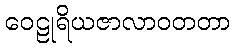
ဝေဠုရိယဇာလာဝတတာ